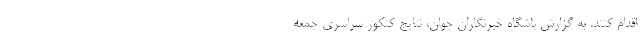
اقدام کنند. به گزارش باشگاه خبرنگاران جوان، نتایج کنکور سراسری جمعه